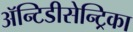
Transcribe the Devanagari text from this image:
ॲन्टिडीसेन्ट्रिका